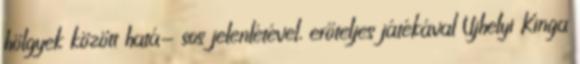
hölgyek között hatá- sos jelenlétével, erőteljes játékával Ujhelyi Kinga